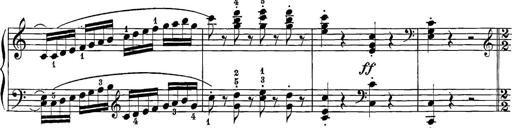
Title: 12 Sonatine per Pianoforte
Composer: Friedrich Kuhlau